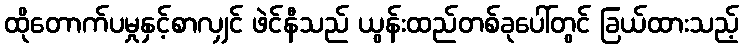
ထိုတောက်ပမှုနှင့်စာလျှင် ဖဲင်နီသည် ယွန်းထည်တစ်ခုပေါ်တွင် ခြယ်ထားသည့်